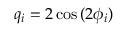
q _ { i } = 2 \cos { ( 2 \phi _ { i } ) }